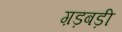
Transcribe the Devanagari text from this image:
ग़ड़बड़ी